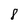
Character: 8